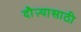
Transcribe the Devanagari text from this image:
दौऱ्यासाठी